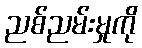
ညစ်ညမ်းမှုကို